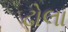
ઢોલા